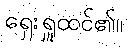
ရှေးရှူထင်၏။